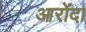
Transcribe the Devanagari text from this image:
आरोंदा